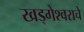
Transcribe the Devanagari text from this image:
खड्गेश्वराचे